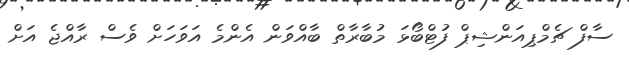
ސާފް ޗެމްޕިއަންޝިޕް ފުޓްބޯޅަ މުބާރާތް ބާއްވަން އެންމެ އަވަހަށް ވެސް ރާއްޖެ އަށް